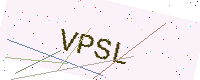
Text: VPSL